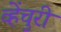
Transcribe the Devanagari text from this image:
व्हेंचुरी